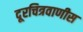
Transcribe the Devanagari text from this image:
दूरचित्रवाणीस